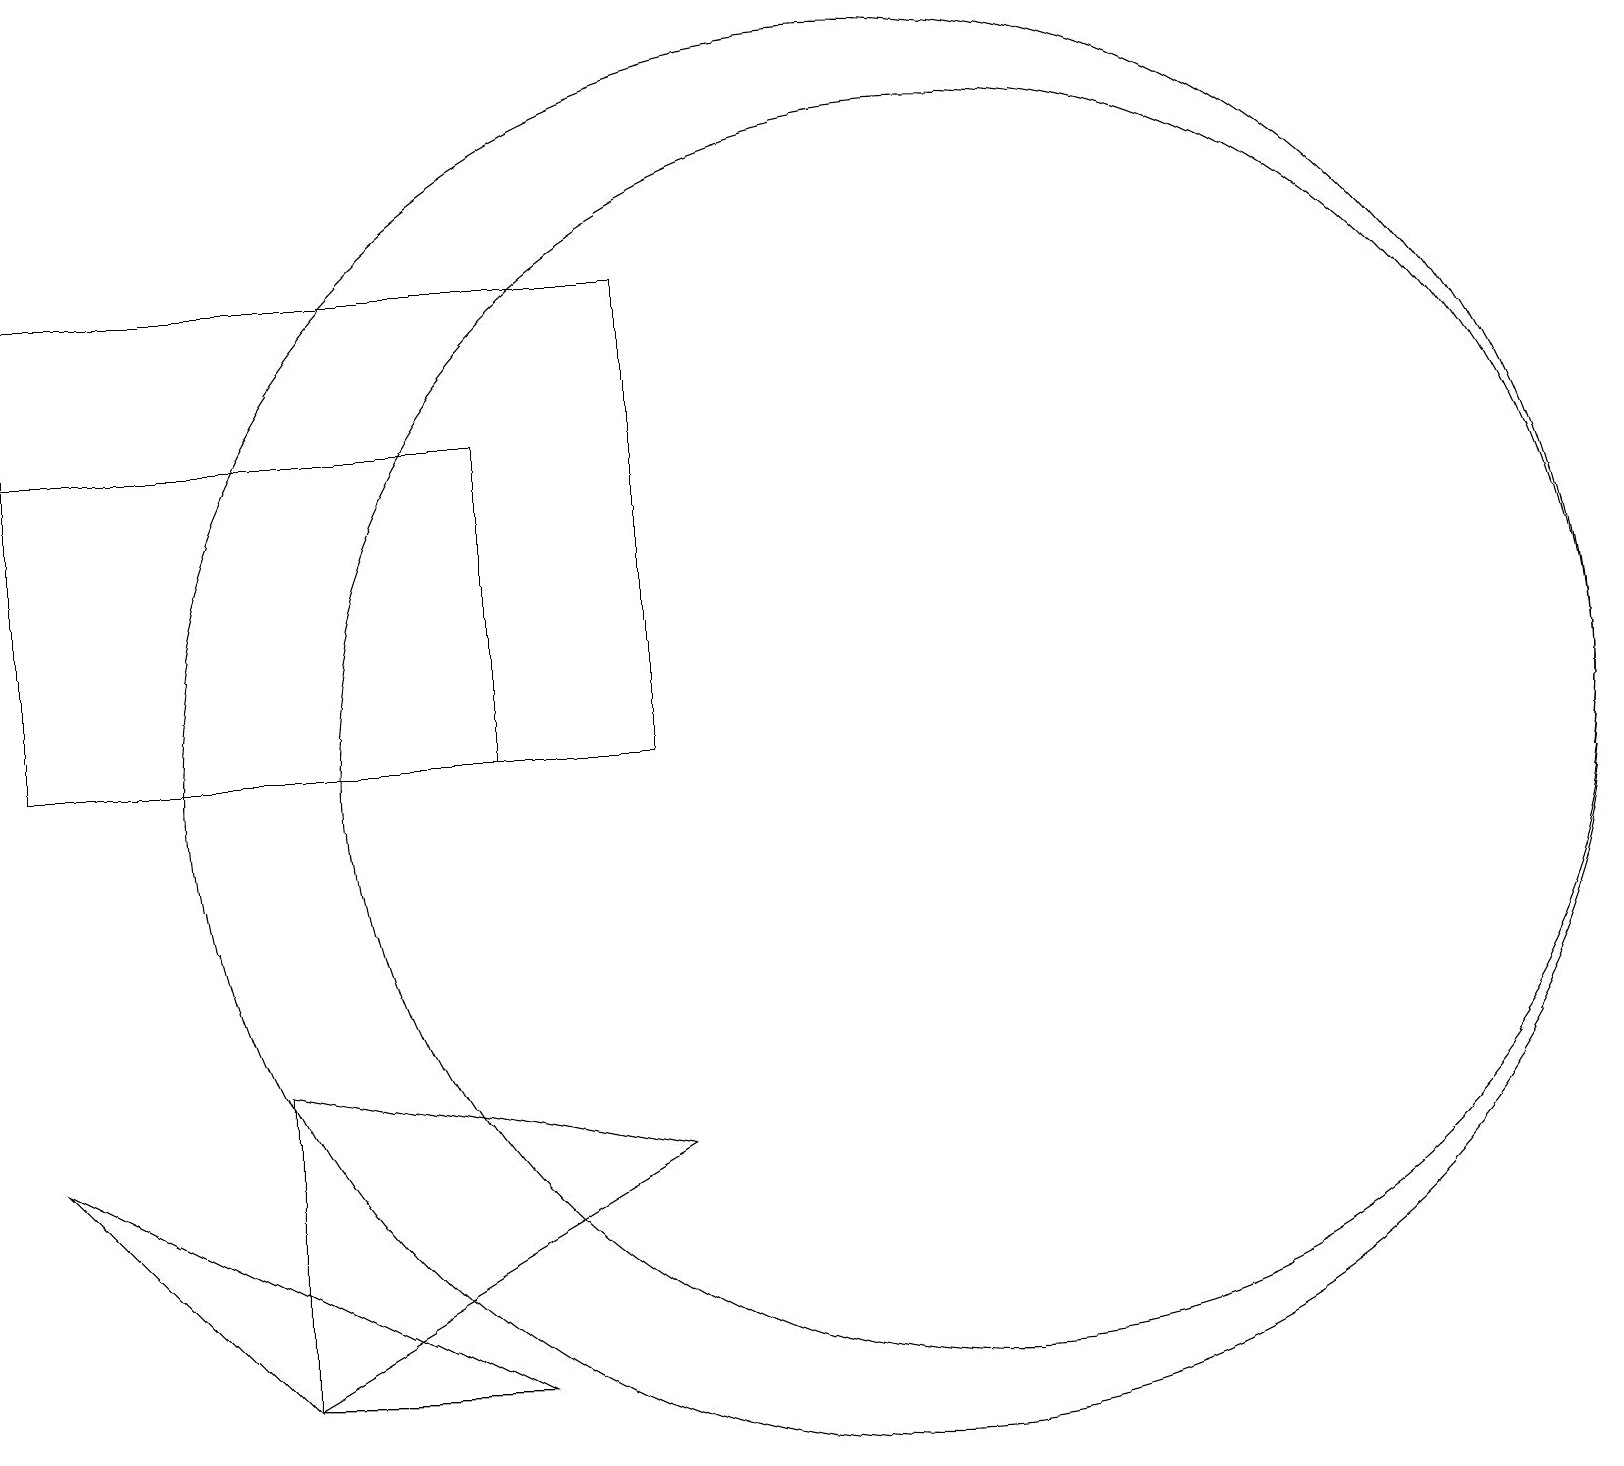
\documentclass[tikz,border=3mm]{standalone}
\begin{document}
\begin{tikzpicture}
\draw (11,11) circle (9);
\draw (8,11) rectangle (0,17);
\draw (0,6) -- (6,3) -- (3,3) -- cycle;
\draw (12,11) circle (8);
\draw (3,3) -- (8,6) -- (3,7) -- cycle;
\draw (0,15) rectangle (6,11);
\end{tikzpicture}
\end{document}